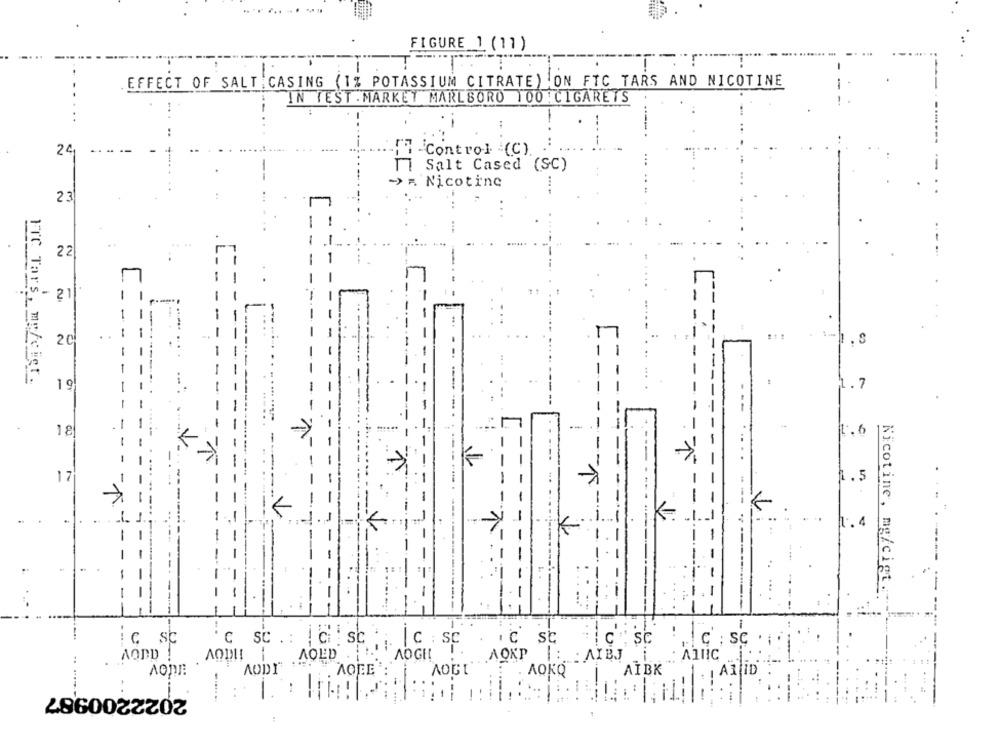
.....-. -.
FIGURE 1 (11)
EFFECT OF SALT : CASING (1% POTASSIUM CITRATE) .ON FTC TARS AND NICOTINE
IN TEST. MARKET MARLBORO 100 : CIGARETS
24
-Control (C).
Il Salt Cased (SC)
--
-> = Nicotine
23
....
22
- 21
1
. .
20
- --
FrC Tars, mg/cict.
1 9
.. 7
- --
18
1.6
17
1.5
K-
1. 4
K
Nicotine, mg/cigt.
ic sc
C SC . : ! Ci : sc :;
MOEDA C SC
.c st
AODD !
AOGH !.
AORT ORP |: AIEJ
AODI ENT
AOpr
. AOKQ
, AIBK
. ! AZ ID
2022200987